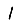
Digit: 1